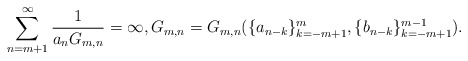
\begin{align*} \sum_{n=m+1}^\infty \frac{1}{a_nG_{m,n}} = \infty, G_{m,n} = G_{m,n}(\{a_{n-k}\}_{k=-m+1}^m,\{b_{n-k}\}_{k=-m+1}^{m-1}). \end{align*}